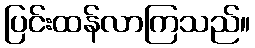
ပြင်းထန်လာကြသည်။